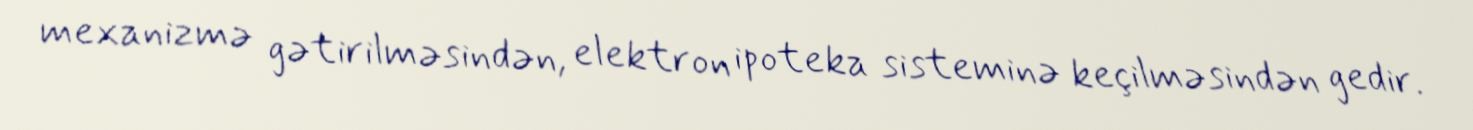
mexanizmə gətirilməsindən, elektron ipoteka sisteminə keçilməsindən gedir.